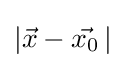
|{\vec {x}}-{\vec {x_{0}}}\,|